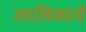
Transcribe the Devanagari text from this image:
लालिकायें